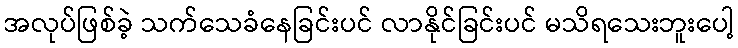
အလုပ်ဖြစ်ခဲ့ သက်သေခံနေခြင်းပင် လာနိုင်ခြင်းပင် မသိရသေးဘူးပေါ့